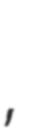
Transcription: Гранатомёт,